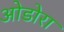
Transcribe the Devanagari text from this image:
ओडोरा